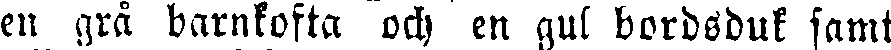
en grå barnkofta och en gul bordsduk samt